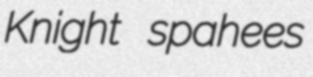
Knight spahees